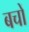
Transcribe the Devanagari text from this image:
बचों